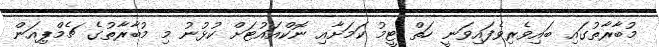
މުބާރާތުގައި ބައިވެރިވެފައިވަނީ ހަތް ޓީމު ކަމަށާއި ނޮކްއައުޓަށް ކުޅުނު މި މުބާރާތުގެ ޗެމްޕިއަން